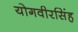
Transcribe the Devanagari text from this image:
योगवीरसिंह